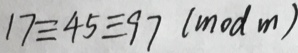
1 7 \equiv 4 5 \equiv 9 7 ( m o d m )